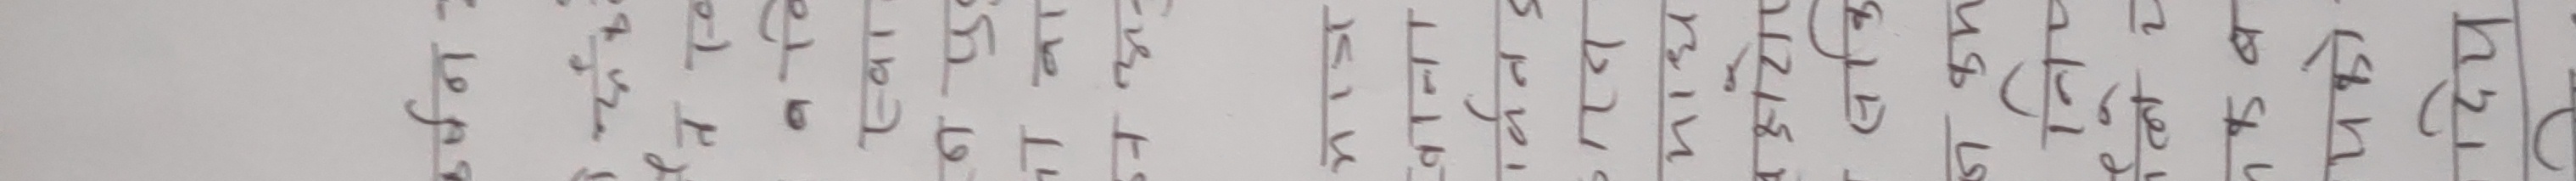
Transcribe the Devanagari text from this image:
कथा वाचनको लागि
विषयवस्तु चयन गर्दा निम्न कुरामा ध्यान दिनुपर्छ:
क) विषय स्पष्ट र रोचक हुनुपर्दछ।
ख) विषयवस्तुको उद्देश्य निर्धारण गर्ने।
ग) श्रोताको रुचि र स्तर अनुरूप विषयवस्तु छनोट गर्ने।
घ) विषयवस्तुको भाषाशैली सरल, स्पष्ट र बोधगम्य हुनुपर्दछ।
ङ) विषयवस्तुमा प्रयोग गरिने शब्दहरू, वाक्यांशहरू र उक्तिहरू सहज हुनुपर्दछ।
च) विषयवस्तुको लम्बाई र समयको ख्याल गर्ने।